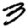
Digit: 3